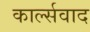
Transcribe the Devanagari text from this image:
कार्ल्सवाद